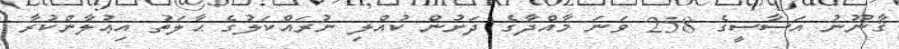
ޤާނޫނު އަސާސީގެ 258 ވަނަ މާއްދާގެ ދަށުން ކުއްލި ނުރައްކަލުގެ ޙާލަތު އިޢުލާންކުރާ